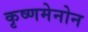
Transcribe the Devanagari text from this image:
कृष्णमेनोन